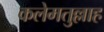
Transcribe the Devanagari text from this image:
कलेमतुल्लाह